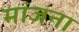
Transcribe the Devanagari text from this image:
मांजना